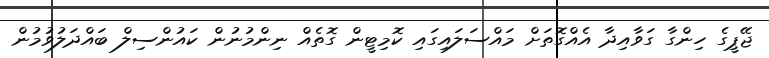
ޖޭޕީގެ ހިންގާ ގަވާއިދާ އެއްގޮތަށް މައްސަލައިގައި ކޮމިޓީން ގޮތެއް ނިންމުނުން ކައުންސިލް ބައްދަލުވުމުން